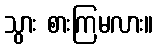
သွား စားကြမလား။